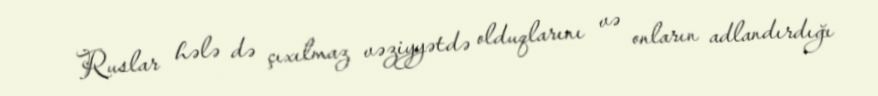
Ruslar hələ də çıxılmaz vəziyyətdə olduqlarını və onların adlandırdığı